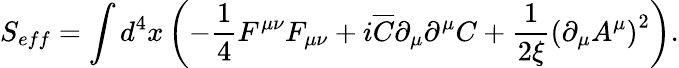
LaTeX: S_{eff}=\int{d^{4}}x\left({-\frac{1}{4}F^{\mu\nu}F_{\mu\nu}+i\overline{{C}}\partial_{\mu}\partial^{\mu}C+\frac{1}{{2\xi}}\left({\partial_{\mu}A^{\mu}}\right)^{2}}\right).